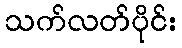
သက်လတ်ပိုင်း